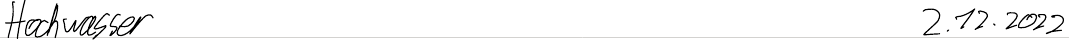
Hochwasser   2.12.2022